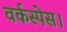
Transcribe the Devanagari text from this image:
वर्कस्पेस।